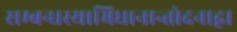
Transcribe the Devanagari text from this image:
सम्बन्धस्याभिधानान्तोदनाद्वा